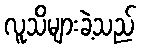
လူသိများခဲ့သည်